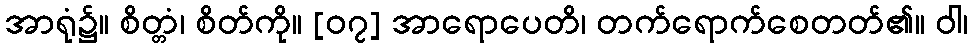
အာရုံ၌။ စိတ္တံ၊ စိတ်ကို။ [၀၇] အာရောပေတိ၊ တက်ရောက်စေတတ်၏။ ဝါ၊